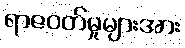
ရာဇဝတ်မှုများအား